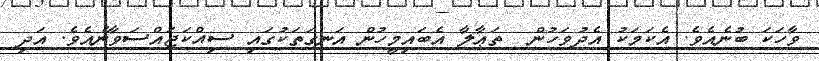
ވާހަކަ ބުނެއެވެ. އެކަމަކު އެދުވަހުން  ތަޢާލާ އެބައިމީހުން އަނގަތަކުގައި ސިއްކަޖައްސަވާނެއެވެ. އަދި